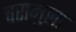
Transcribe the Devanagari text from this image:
वरामुला